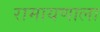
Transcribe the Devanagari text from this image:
रामायणाला